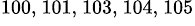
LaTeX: ^{100,~101,~103,~104,~105}